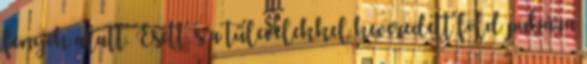
fenyők alatt. Esett, s a tűlevelekkel keveredett föld puhára